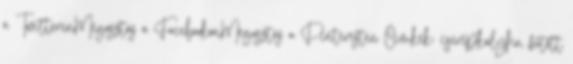
a TwitterenMegosztás a FacebookonMegosztás a Pinteresten Címkék: cserépkályha, fűtött